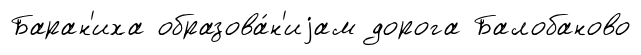
Баран'иха образова́н'иjам дорога Балобаново